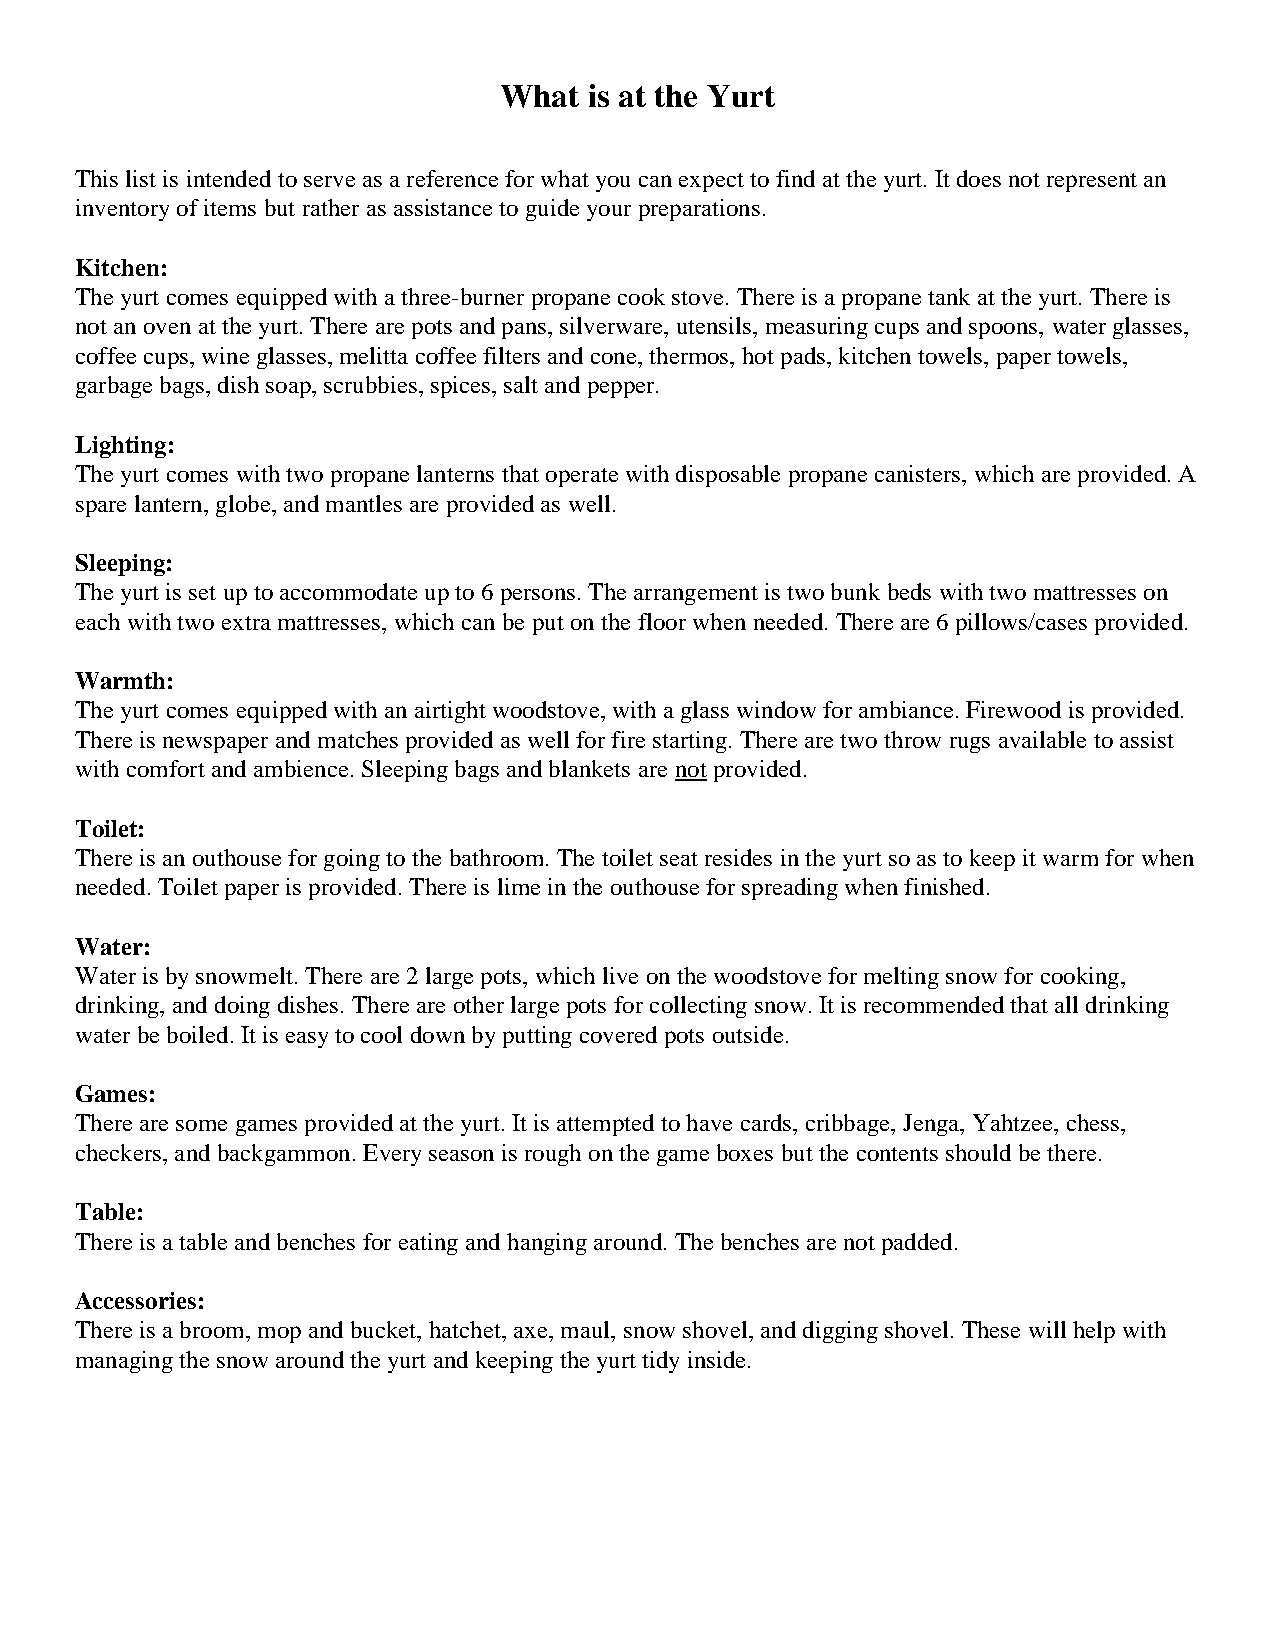
What  is at the Yurt
 This list is intended to serve as a reference for what you can expect to find at the yurt. It does not represent an
 inventory of items but rather as assistance to guide your preparations.
 Kitchen:
 The yurt comes equipped with a three-burner propane cook stove. There is a propane tank at the yurt. There is
 not an oven at the yurt. There are pots and pans, silverware, utensils, measuring cups and spoons, water glasses,
 coffee cups, wine glasses, melitta coffee filters and cone, thermos, hot pads, kitchen towels, paper towels,
 garbage bags, dish soap, scrubbies, spices, salt and pepper.
 Lighting:
 The yurt comes with two propane lanterns that operate with disposable propane canisters, which are provided. A
 spare lantern, globe, and mantles are provided as well.
 Sleeping:
 The yurt is set up to accommodate up to 6 persons. The arrangement is two bunk beds with two mattresses on
 each with two extra mattresses, which can be put on the floor when needed. There are 6 pillows/cases provided.
 Warmth:
 The yurt comes equipped with an airtight woodstove, with a glass window for ambiance. Firewood is provided.
 There is newspaper and matches provided as well for fire starting. There are two throw rugs available to assist
 with comfort and ambience. Sleeping bags and blankets are not provided.
 Toilet:
 There is an outhouse for going to the bathroom. The toilet seat resides in the yurt so as to keep it warm for when
 needed. Toilet paper is provided. There is lime in the outhouse for spreading when finished.
 Water:
 Water is by snowmelt. There are 2 large pots, which live on the woodstove for melting snow for cooking,
 drinking, and doing dishes. There are other large pots for collecting snow. It is recommended that all drinking
 water be boiled. It is easy to cool down by putting covered pots outside.
 Games:
 There are some games provided at the yurt. It is attempted to have cards, cribbage, Jenga, Yahtzee, chess,
 checkers, and backgammon. Every season is rough on the game boxes but the contents should be there.
 Table:
 There is a table and benches for eating and hanging around. The benches are not padded.
 Accessories:
 There is a broom, mop and bucket, hatchet, axe, maul, snow shovel, and digging shovel. These will help with
 managing the snow around the yurt and keeping the yurt tidy inside.